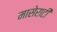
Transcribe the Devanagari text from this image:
मासेराटी